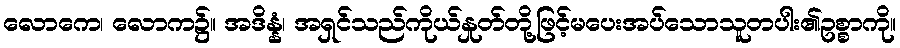
လောကေ၊ လောက၌။ အဒိန္နံ၊ အရှင်သည်ကိုယ်နှုတ်တို့ဖြင့်မပေးအပ်သောသူတပါး၏ဥစ္စာကို။